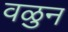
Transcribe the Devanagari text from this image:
वळुन